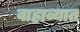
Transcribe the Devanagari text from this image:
वाहाव्यात